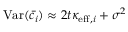
\mathrm { V a r } ( \bar { c } _ { i } ) \approx 2 t \kappa _ { \mathrm { e f f } , i } + \sigma ^ { 2 }